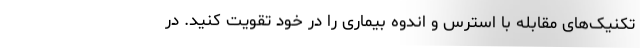
تکنیک‌های مقابله با استرس و اندوهِ بیماری را در خود تقویت کنید. در